Etiology and epidemiology of plague
Disease focus: Plague
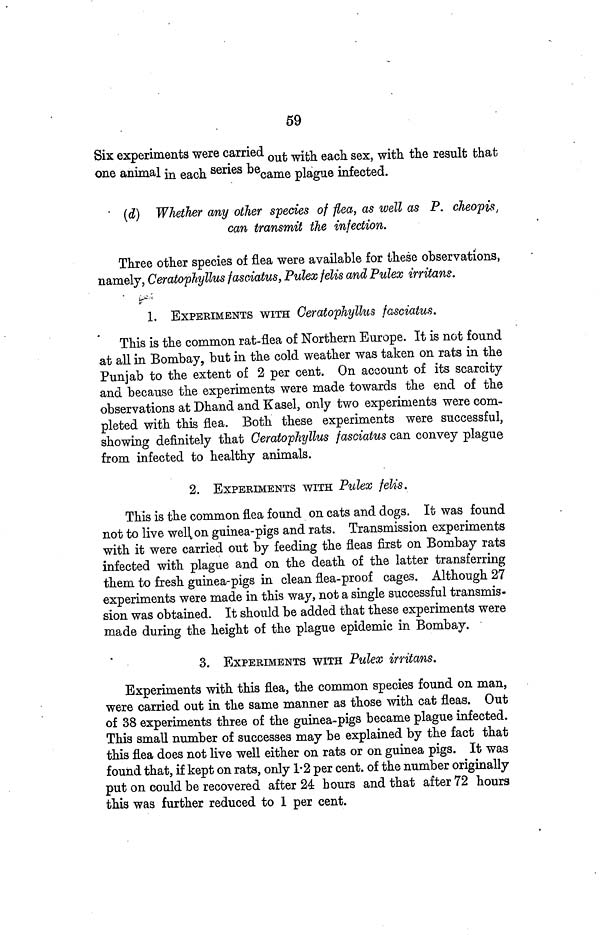
59
Six experiments were carried out with each sex, with result that
one animal in each series be came plague infected.
(d) Whether any other species of flea, as well as P. cheopis,
can transmit the infection.
Three other species of flea were available for these observations,
namely, Ceratophyllus fasciatus, Pulex felis and Pulex irritans.
1. EXPERIMENTS WITH Ceratophyllus fasciatus.
This is the common rat-flea of Northern Europe. It is not found
at all in Bombay, but in the cold weather was taken on rats in the
Punjab to the extent of 2 per cent. On account of its scarcity
and because the experiments were made towards the end of the
observations at Dhand and Kasel, only two experiments were com-
pleted with this flea. Both these experiments were successful,
showing definitely that Ceratophyllus fasciatus can convey plague
from infected to healthy animals.
2. EXPERIMENTS WITH Pulex felis.
This is the common flea found on cats and dogs. It was found
not to live well on guinea-pigs and rats. Transmission experiments
with it were carried out by feeding the fleas first on Bombay rats
infected with plague and on the death of the latter transferring
them to fresh guinea-pigs in clean flea-proof cages. Although 27
experiments were made in this way, not a single successful transmis-
sion was obtained. It should be added that these experiments were
made during the height of the plague epidemic in Bombay.
3. EXPERIMENTS WITH Pulex irritans.
Experiments with this flea, the common species found on man,
were carried out in the same manner as those with cat fleas. Out
of 38 experiments three of the guinea-pigs became plague infected.
This small number of successes may be explained by the fact that
this flea does not live well either on rats or on guinea pigs. It was
found that, if kept on rats, only 1 2 per cent. of the number originally
put on could be recovered after 24 hours and that after 72 hours
this was further reduced to 1 per cent.